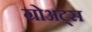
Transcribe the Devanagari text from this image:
ग्रोअट्स